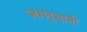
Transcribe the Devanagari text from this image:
जगद्‌धात्री